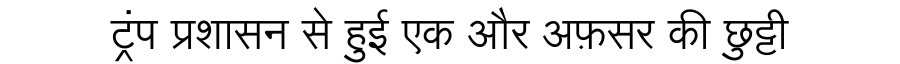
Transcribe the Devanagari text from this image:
ट्रंप प्रशासन से हुई एक और अफ़सर की छुट्टी